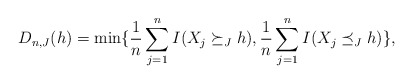
\begin{align*}D_{n,J}(h)=\min\{\frac{1}{n} \sum_{j=1}^n I( X_j \succeq_J h), \frac{1}{n} \sum_{j=1}^n I( X_j \preceq_J h)\},\end{align*}